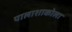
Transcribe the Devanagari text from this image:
पालाशाकोला